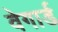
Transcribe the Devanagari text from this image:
वेगार्ड